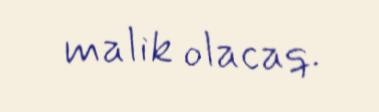
malik olacaq.